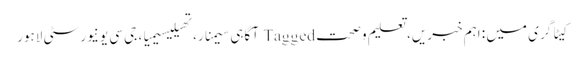
کیٹاگری میں : اہم خبریں، تعلیم و صحت Tagged آگاہی سیمنار، تھیلیسیمیا، جی سی یونیورسٹی لاہور